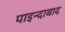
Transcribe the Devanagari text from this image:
पाइन्दाबाद